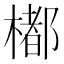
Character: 𣛭